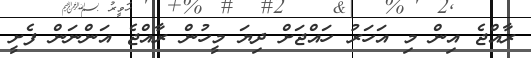
ރާއްޖެ އިން މި އަހަރު ހައްޖަށް ދިޔަ މީހުން ރާއްޖެ އަންނަން ފެށީ